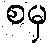
စမှ